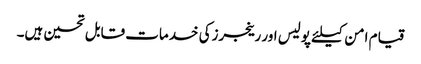
قیام امن کیلئے پولیس اور رینجرزکی خدمات قابل تحسین ہیں۔